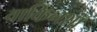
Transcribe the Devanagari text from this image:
वाकिनशॉ